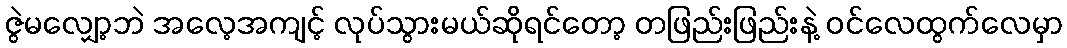
ဇွဲမလျှော့ဘဲ အလေ့အကျင့် လုပ်သွားမယ်ဆိုရင်တော့ တဖြည်းဖြည်းနဲ့ ဝင်လေထွက်လေမှာ